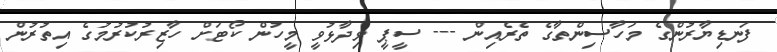
ފަނޑިޔާރުންގެ މަހާސިންތާގެ ތެރެއިން --- ސީޕީ ވިދާޅުވީ މީހުން ކޯޓަށް ހާޒިރުކުރުމުގެ އިތުރުން